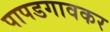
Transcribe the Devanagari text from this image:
पापडगावकर